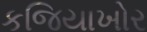
કજિયાખોર